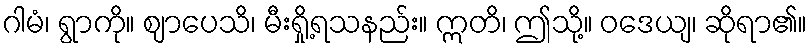
ဂါမံ၊ ရွာကို။ ဈာပေသိ၊ မီးရှို့ရသနည်း။ ဣတိ၊ ဤသို့။ ဝဒေယျ၊ ဆိုရာ၏။